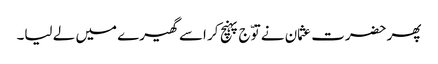
پھر حضرت عثمان نے توّج پہنچ کر اسے گھیرے میں لے لیا۔